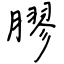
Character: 膠